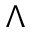
\Lambda